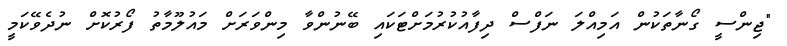
"ޖިންސީ ގޯނާތަކުން އަމިއްލަ ނަފްސް ދިފާއުކުރުމަށްޓަކައި ބޭނުންވާ މިންވަރަށް މައުލޫމާތު ފޯރުކޮށް ނުދެވޭކަމީ